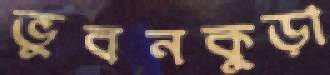
ভুবনকুড়া